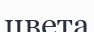
цвета